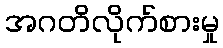
အဂတိလိုက်စားမှု